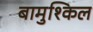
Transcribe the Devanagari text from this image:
बामुश्किल